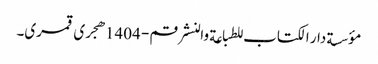
مؤسسة دار الکتاب للطباعة والنشر قم - 1404هجری قمری۔